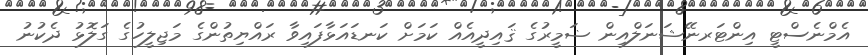
އެމްނެސްޓީ އިންޓަރނޭޝަނަލްއިން ޟަމީރުގެ ޤައިދީއެއް ކަމަށް ކަނޑައަޅާފައިވާ ރައްޔިތުންގެ މަޖިލީހުގެ ގަލޮޅު ދެކުނު